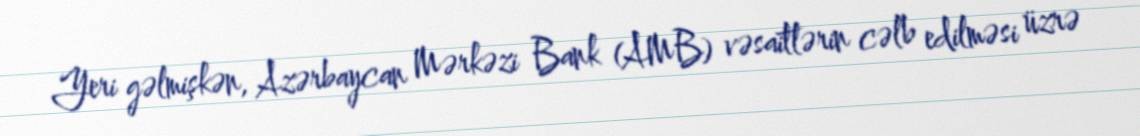
Yeri gəlmişkən, Azərbaycan Mərkəzi Bank (AMB) vəsaitlərin cəlb edilməsi üzrə